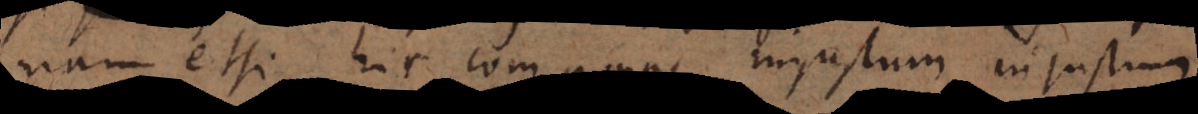
nam etsi hic componas injustum injustum